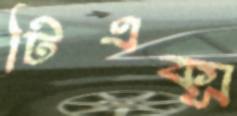
টিএক্স